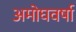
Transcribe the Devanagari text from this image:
अमोघवर्षा